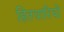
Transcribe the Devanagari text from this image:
हितधारियों